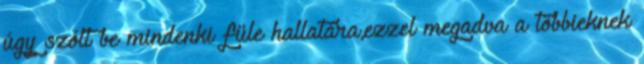
úgy szólt be mindenki füle hallatára,ezzel megadva a többieknek